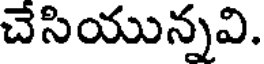
చేసియున్నవి.